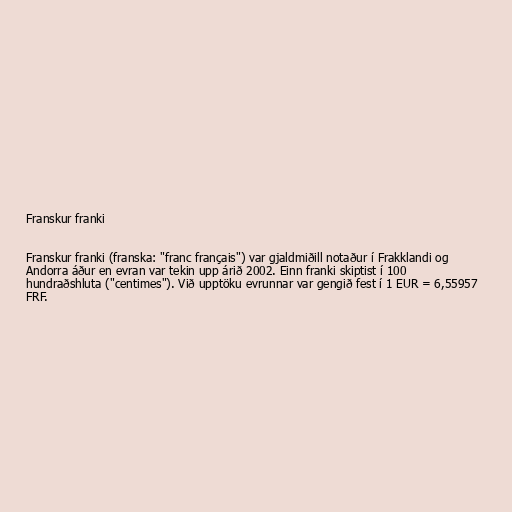
Franskur franki

Franskur franki (franska: "franc français") var gjaldmiðill notaður í Frakklandi og
Andorra áður en evran var tekin upp árið 2002. Einn franki skiptist í 100
hundraðshluta ("centimes"). Við upptöku evrunnar var gengið fest í 1 EUR = 6,55957
FRF.